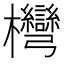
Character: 𣡩